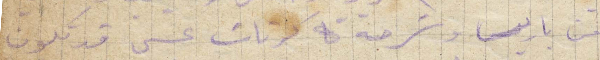
من باريس وشرحة كرتات عسى قد تكون